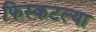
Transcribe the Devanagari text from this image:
फिस्कटल्या